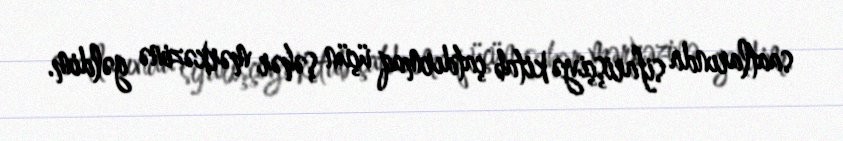
saatlarında sifarişçiyə kitab çatdırmaq üçün şəhər mərkəzinə gəldim.